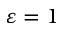
\varepsilon = 1